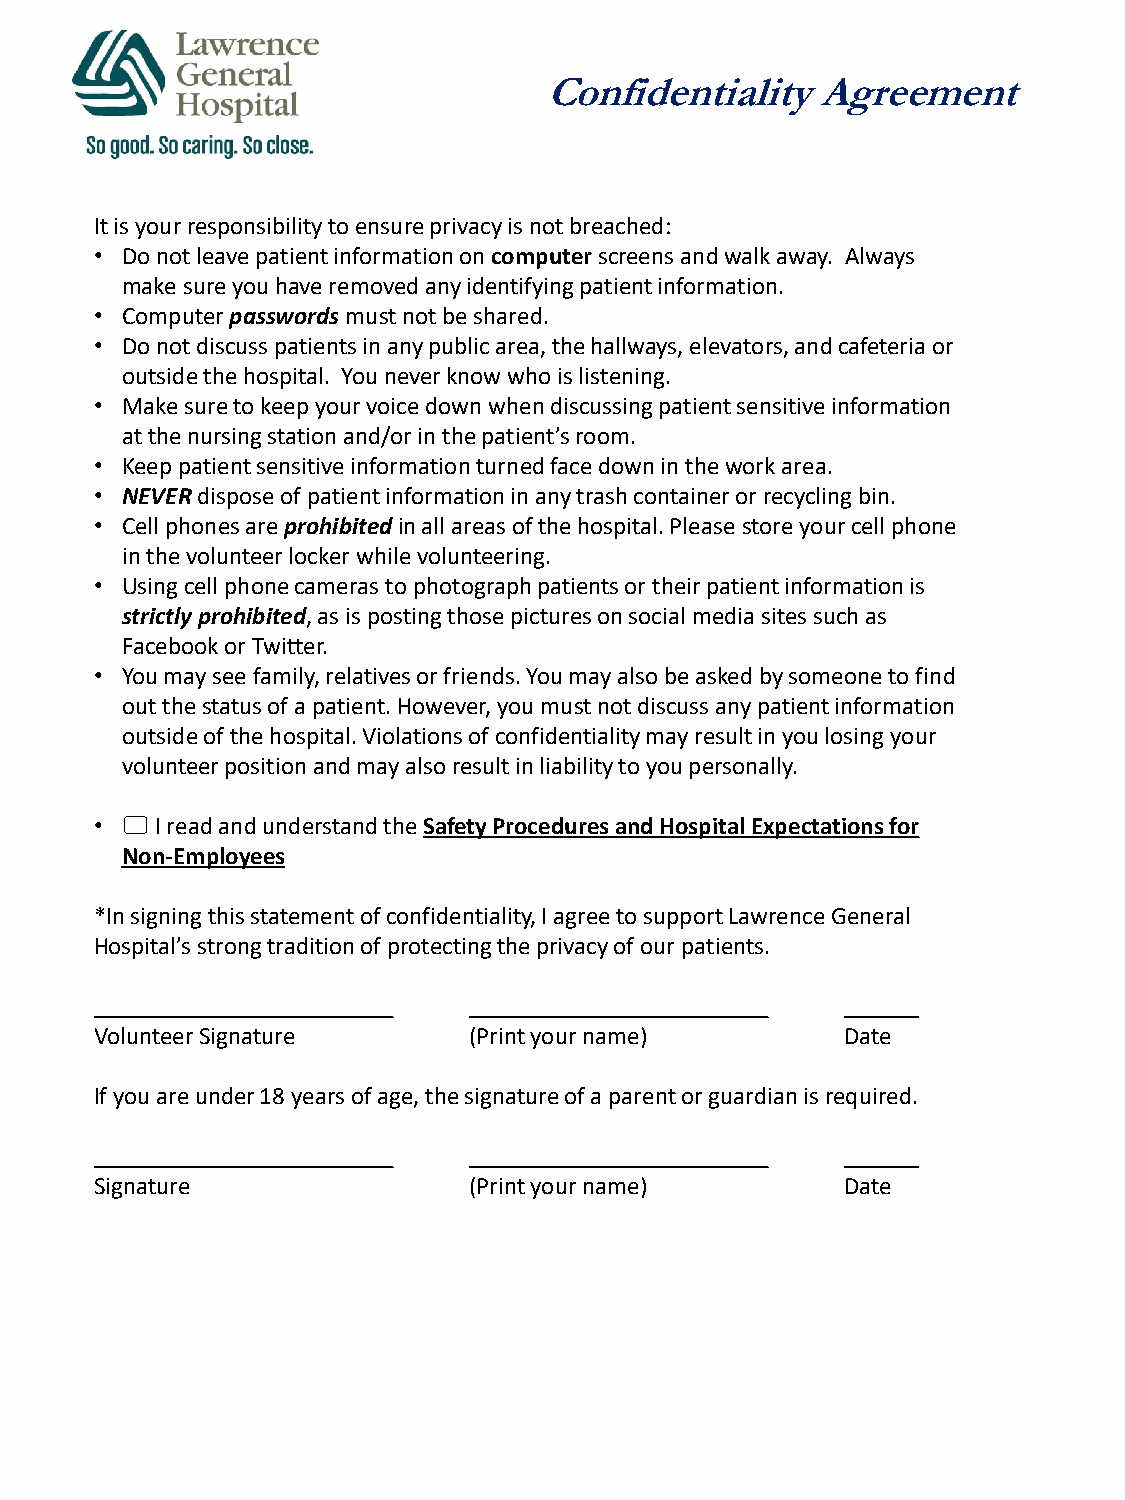
Confidentiality   Agreement
 It is your responsibility to ensure privacy is not breached:
 • Do not leave patient information on computerscreens and walk away. Always
 make sure you have removed any identifying patient information.
 • Computer passwords must not be shared.
 • Do not discuss patients in any public area, the hallways, elevators, and cafeteria or
 outside the hospital. You never know who is listening.
 • Make sure to keep your voice down when discussing patient sensitive information
 at the nursing station and/or in the patient’s room.
 • Keep patient sensitive information turned face down in the work area.
 • NEVERdispose of patient information in any trash container or recycling bin.
 • Cell phones are prohibitedin all areas of the hospital. Please store your cell phone
 in the volunteer locker while volunteering.
 • Using cell phone cameras to photograph patients or their patient information is
 strictly prohibited, as is posting those pictures on social media sites such as
 Facebook or Twitter.
 • You may see family, relatives or friends. You may also be asked by someone to find
 out the status of a patient. However, you must not discuss any patient information
 outside of the hospital. Violations of confidentiality may result in you losing your
 volunteer position and may also result in liability to you personally.
 • I read and understand the Safety Procedures and Hospital Expectations for
 Non-Employees
 *In signing this statement of confidentiality, I agree to support Lawrence General
 Hospital’s strong tradition of protecting the privacy of our patients.
 Volunteer Signature      (Print your name)        Date
 If you are under 18 years of age, the signature of a parent or guardian is required.
 Signature                (Print your name)        Date